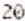
20